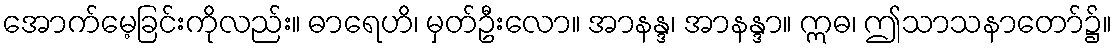
အောက်မေ့ခြင်းကိုလည်း။ ဓာရေဟိ၊ မှတ်ဦးလော။ အာနန္ဒ၊ အာနန္ဒာ။ ဣဓ၊ ဤသာသနာတော်၌။